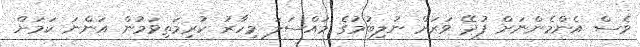
ވެސް އެންމެންނަށް ފުދޭ ވަރަށް ނުލިބުމުގެ މައްސަލަ މިހާރު ކުރިމަތިވަމުން އަންނަ ކަމަށް